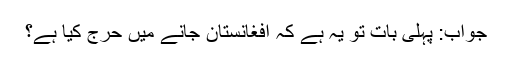
جواب: پہلی بات تو یہ ہے کہ افغانستان جانے میں حرج کیا ہے؟